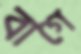
বাগে